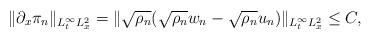
LaTeX: \begin{align*} \|\partial_{x}\pi_{n}\|_{L^{\infty}_{t}L^{2}_{x}} &= \| \sqrt{\rho_{n}} ( \sqrt{\rho_{n}} w_{n} - \sqrt{\rho_{n}} u_{n})\|_{L^{\infty}_{t}L^{2}_{x}} \le C, \end{align*}